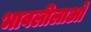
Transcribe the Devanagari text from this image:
भावलीलाओं